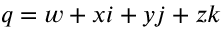
q = w + x i + y j + z k